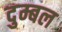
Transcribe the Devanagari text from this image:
दुम्बल